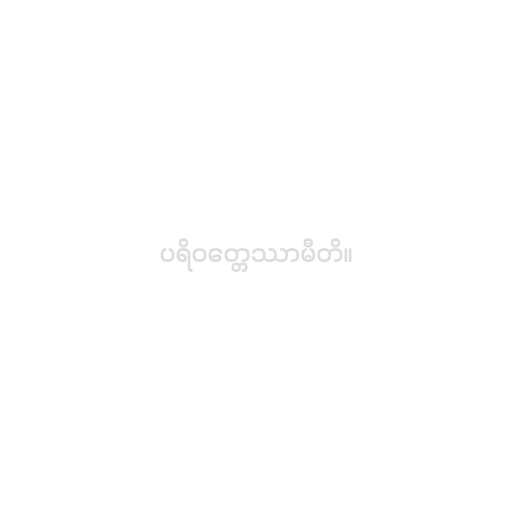
ပရိဝတ္တေဿာမီတိ။